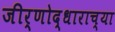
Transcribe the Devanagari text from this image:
जीर्णोद्धाराच्या